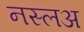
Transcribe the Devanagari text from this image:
नस्लअ